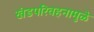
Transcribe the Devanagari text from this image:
खंडपरिवहनामुळे